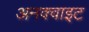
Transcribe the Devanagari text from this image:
अनक्वाइट